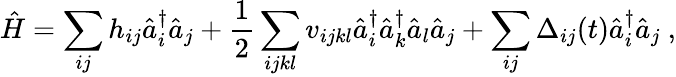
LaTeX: \hat{H}=\sum_{ij}h_{ij}\hat{a}_{i}^{\dagger}\hat{a}_{j}+\frac 12\sum_{ijkl}v_{ijkl}\hat{a}_{i}^{\dagger}\hat{a}_{k}^{\dagger}\hat{a}_{l}\hat{a}_{j}+\sum_{ij}\Delta_{ij}(t)\hat{a}_{i}^{\dagger}\hat{a}_{j}~,